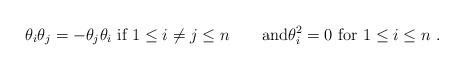
LaTeX: \begin{align*}\theta_i \theta_j = - \theta_j \theta_i \hbox{ if } 1 \leq i \neq j \leq n\qquad\hbox{and}\theta_i^2 = 0 \hbox{ for }1 \leq i \leq n~.\end{align*}